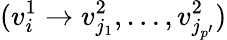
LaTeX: (v_{i}^{1}\rightarrow v_{j_{1}}^{2},\ldots,v_{j_{p^{\prime}}}^{2})